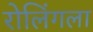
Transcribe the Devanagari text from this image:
रोलिंगला